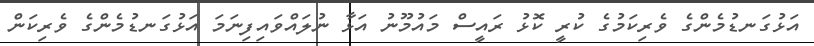
އަޅުގަނޑުމެންގެ ވެރިކަމުގެ ކުރީ ކޮޅު ރައީސް މައުމޫނު އަޅާ ނުލައްވައިފިނަމަ އަޅުގަނޑުމެންގެ ވެރިކަން